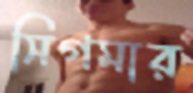
সিগমার